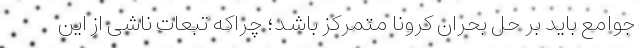
جوامع باید بر حل بحران کرونا متمرکز باشد؛ چراکه تبعات ناشی از این